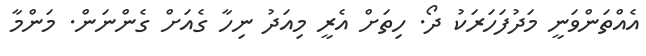
އެއްތަންވަނީ މަދުފަހަރަކު ދޯ. ހިތަށް އެރީ މިއަދު ނިހާ ގެއަށް ގެންނަން. މަންމާ